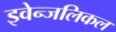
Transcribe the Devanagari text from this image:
इवेन्जलिकल